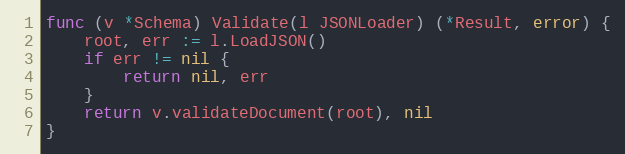
Language: Go
func (v *Schema) Validate(l JSONLoader) (*Result, error) {
	root, err := l.LoadJSON()
	if err != nil {
		return nil, err
	}
	return v.validateDocument(root), nil
}